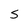
Character: S